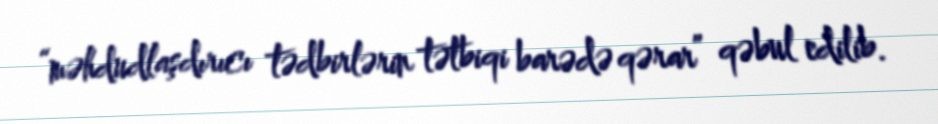
“məhdudlaşdırıcı tədbirlərin tətbiqi barədə qərar” qəbul edilib.